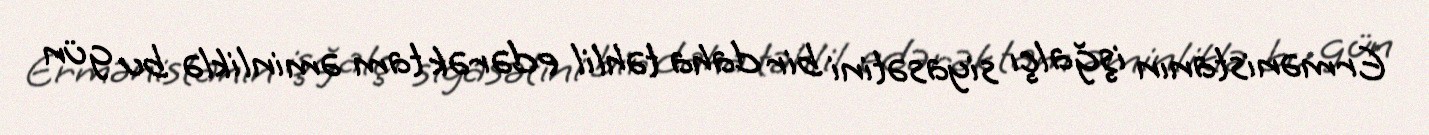
Ermənistanın işğalçı siyasətini bir daha təhlil edərək tam əminliklə bu gün